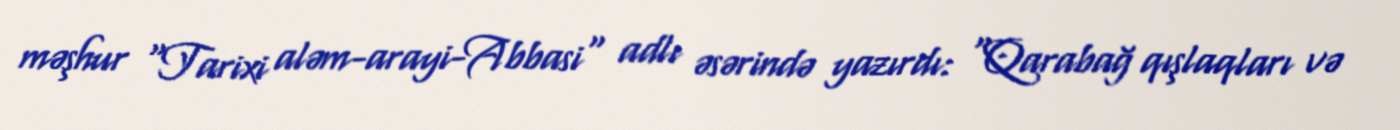
məşhur "Tarixi aləm-arayi-Abbasi" adlı əsərində yazırdı: "Qarabağ qışlaqları və